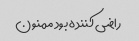
راضی کننده بود ممنون